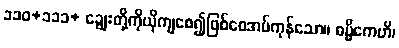
၁၁၀+၁၁၁+ ချွေးတို့ကိုယိုကျစေ၍ဖြစ်စေအပ်ကုန်သော။ ဓမ္မိကေဟိ၊